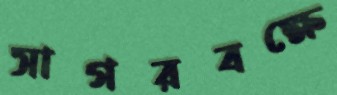
সাগরবক্ষে